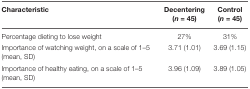
| Characteristic | Decentering (n = 45) | Control (n = 45) |
 | --- | --- | --- |
 | Percentage dieting to lose weight | 27% | 31% |
 | Importance of watching weight, on a scale of 1–5 (mean, SD) | 3.71 (1.01) | 3.69 (1.15) |
 | Importance of healthy eating, on a scale of 1–5 (mean, SD) | 3.96 (1.09) | 3.89 (1.05) |